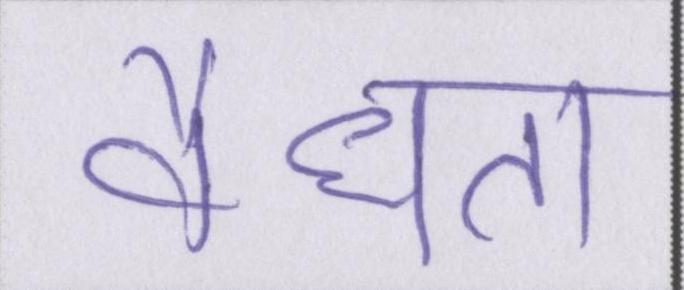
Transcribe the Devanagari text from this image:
वैधता